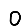
Digit: 0